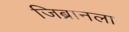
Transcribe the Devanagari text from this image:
जिब्रानला